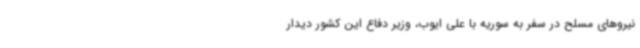
نیروهای مسلح در سفر به سوریه با علی ایوب، وزیر دفاع این کشور دیدار